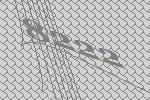
8222